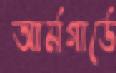
আর্মগার্ডে